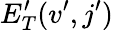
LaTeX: E_{T}^{\prime}(v^{\prime},j^{\prime})